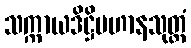
သက္ကာယဒိဋ္ဌိပဟာနသုတ္တံ